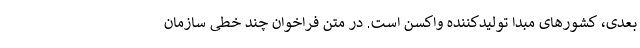
بعدی، کشورهای مبدا تولیدکننده واکسن است. در متن فراخوان چند خطی سازمان